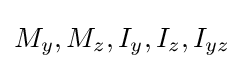
M_{y},M_{z},I_{y},I_{z},I_{yz}